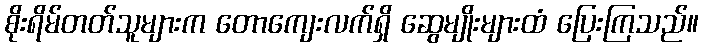
စိုးရိမ်တတ်သူများက တောကျေးလက်ရှိ ဆွေမျိုးများထံ ပြေးကြသည်။